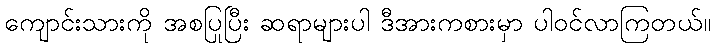
ကျောင်းသားကို အစပြုပြီး ဆရာများပါ ဒီအားကစားမှာ ပါဝင်လာကြတယ်။